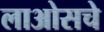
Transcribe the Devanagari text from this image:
लाओसचे